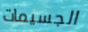
الجسيمات